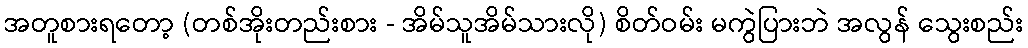
အတူစားရတော့ (တစ်အိုးတည်းစား - အိမ်သူအိမ်သားလို) စိတ်ဝမ်း မကွဲပြားဘဲ အလွန် သွေးစည်း